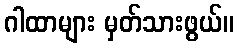
ဂါထာများ မှတ်သားဖွယ်။